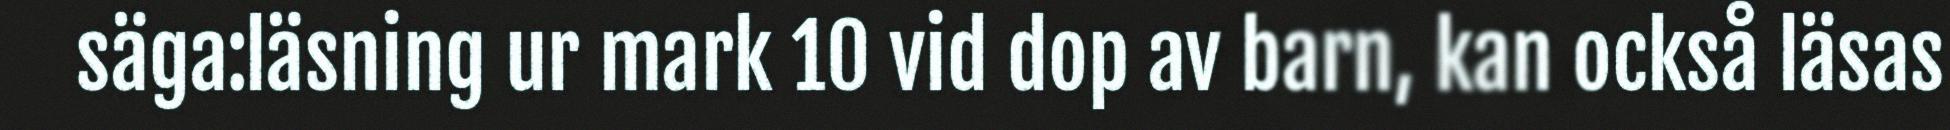
säga:läsning ur mark 10 vid dop av barn, kan också läsas